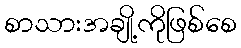
စာသားအချို့ကိုဖြစ်စေ